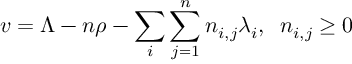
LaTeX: v = \Lambda - n \rho - \sum _ { i } \sum _ { j = 1 } ^ { n } n _ { i , j } \lambda _ { i } , \; \; n _ { i , j } \geq 0